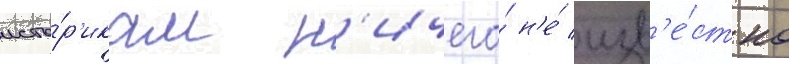
исто́р'икам н'ичего́ н'е́ изв'е́стно